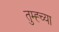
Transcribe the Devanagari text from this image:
तुम्ह्च्या